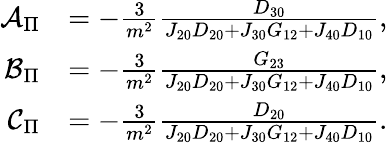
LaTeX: \begin{array}{rl}{\mathcal{A}_{\Pi}}&{=-\frac{3}{m^{2}}\frac{D_{30}}{J_{20}D_{20}+J_{30}G_{12}+J_{40}D_{10}},}\\ {\mathcal{B}_{\Pi}}&{=-\frac{3}{m^{2}}\frac{G_{23}}{J_{20}D_{20}+J_{30}G_{12}+J_{40}D_{10}},}\\ {\mathcal{C}_{\Pi}}&{=-\frac{3}{m^{2}}\frac{D_{20}}{J_{20}D_{20}+J_{30}G_{12}+J_{40}D_{10}}.}\end{array}